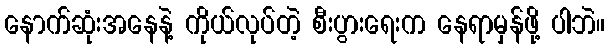
နောက်ဆုံးအနေနဲ့ ကိုယ်လုပ်တဲ့ စီးပွားရေးက နေရာမှန်ဖို့ ပါဘဲ။